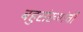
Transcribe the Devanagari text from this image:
बहुसंख्यांची